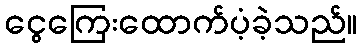
ငွေကြေးထောက်ပံ့ခဲ့သည်။